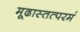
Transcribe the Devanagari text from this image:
मूढास्तत्परमं